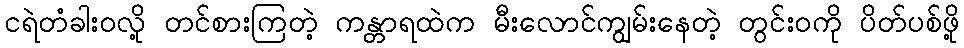
ငရဲတံခါးဝလို့ တင်စားကြတဲ့ ကန္တာရထဲက မီးလောင်ကျွမ်းနေတဲ့ တွင်းဝကို ပိတ်ပစ်ဖို့